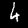
Digit: 6